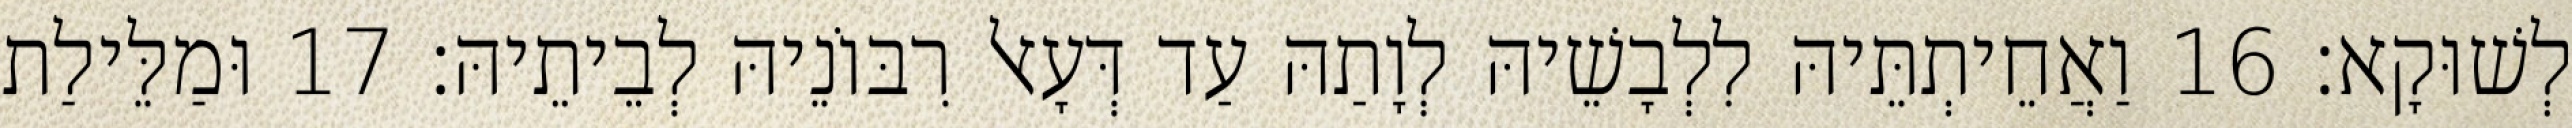
לְשׁוּקָא׃ 16 וַאֲחֵיתְתֵּיהּ לִלְבָשֵׁיהּ לְוָתַהּ עַד דְּעָאל רִבּוֹנֵיהּ לְבֵיתֵיהּ׃ 17 וּמַלֵּילַת